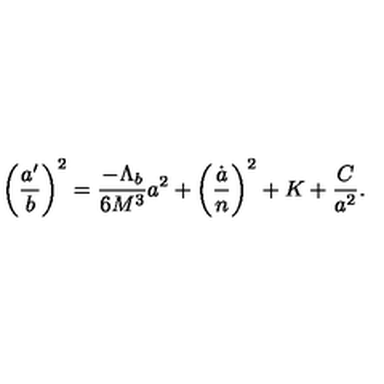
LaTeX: \left( \frac { a ^ { \prime } } { b } \right) ^ { 2 } = \frac { - \Lambda _ { b } } { 6 M ^ { 3 } } a ^ { 2 } + \left( \frac { \dot { a } } { n } \right) ^ { 2 } + K + \frac { C } { a ^ { 2 } } .